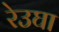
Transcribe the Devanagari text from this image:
रेउघा